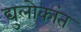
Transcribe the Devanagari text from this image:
द्युलोकांत